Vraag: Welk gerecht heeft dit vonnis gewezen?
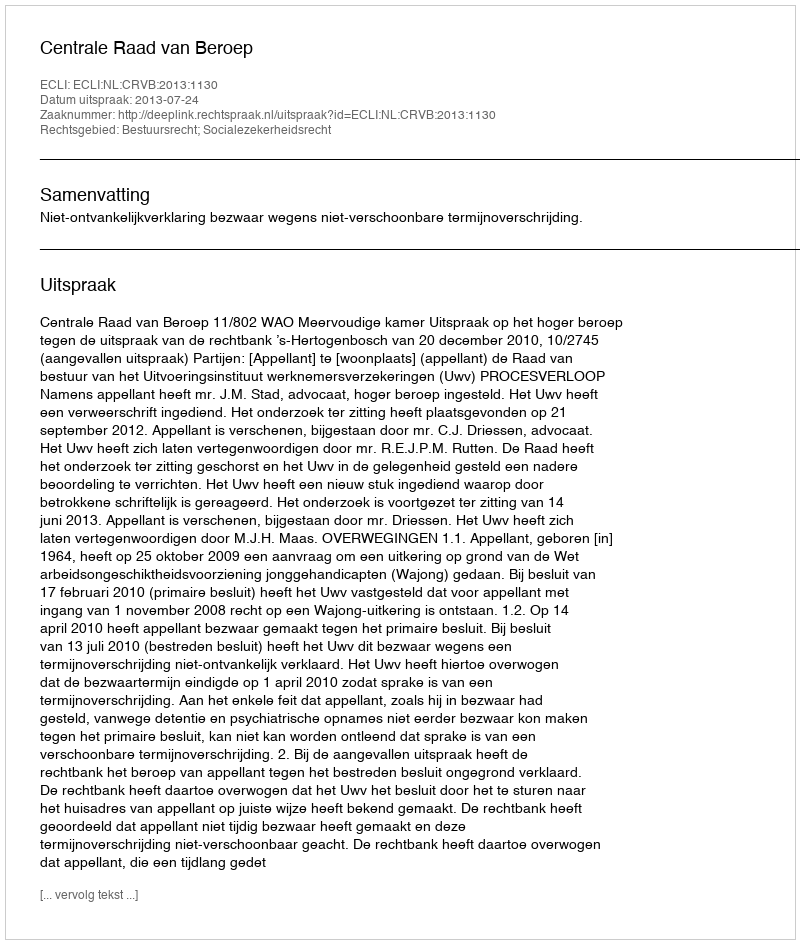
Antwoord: Centrale Raad van Beroep